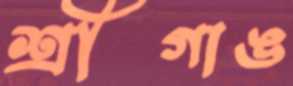
শ্রীগাঙ